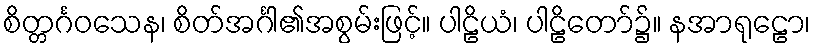
စိတ္တင်္ဂဝသေန၊ စိတ်အင်္ဂါ၏အစွမ်းဖြင့်။ ပါဠိယံ၊ ပါဠိတော်၌။ နအာရုဠော၊